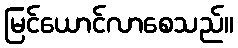
မြင်ယောင်လာစေသည်။